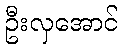
ဦးလှအောင်